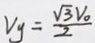
V _ { y } = \frac { \sqrt { 3 } V _ { 0 } } { 2 }